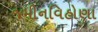
જમીનવિહોણા